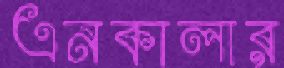
এনকালার